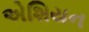
એશિયન